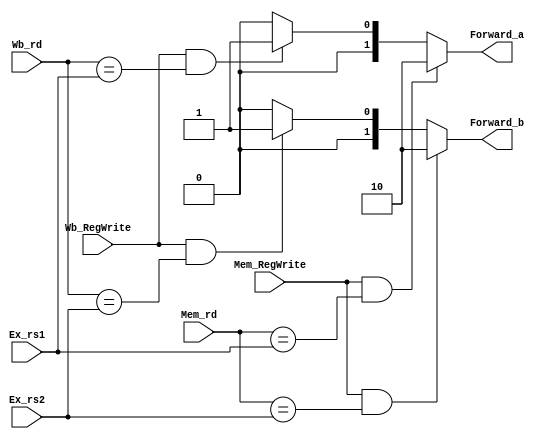
module Forwarding_Unit(
    Ex_rs1,
    Ex_rs2,
    Mem_rd,
    Wb_rd,
    Mem_RegWrite,
    Wb_RegWrite,
    Forward_a,
    Forward_b
);

input [4:0] Ex_rs1;
input [4:0] Ex_rs2;
input [4:0] Mem_rd;
input [4:0] Wb_rd;
input Mem_RegWrite;
input Wb_RegWrite;
output [1:0] Forward_a;
output [1:0] Forward_b;

// reg Forward_a, Forward_b;

assign Forward_a = (Mem_RegWrite&&Mem_rd==Ex_rs1)?2'b10:
                    ((Wb_RegWrite&&Wb_rd==Ex_rs1)?2'b01:2'b00);
assign Forward_b = (Mem_RegWrite&&Mem_rd==Ex_rs2)?2'b10:
                    ((Wb_RegWrite&&Wb_rd==Ex_rs2)?2'b01:2'b00);
// always@(*)begin
//     if(Mem_RegWrite&&Mem_rd==Ex_rs1)
//         Forward_a = 2'b10;
//     else if(Wb_RegWrite&&Wb_rd==Ex_rs1)
//         Forward_a = 2'b01;
//     else
//         Forward_a = 2'b00;
//     if(Mem_RegWrite&&Mem_rd==Ex_rs2)
//         Forward_b = 2'b10;
//     else if(Wb_RegWrite&&Wb_rd==Ex_rs2)
//         Forward_b = 2'b01;
//     else
//         Forward_b = 2'b00;
// end

endmodule